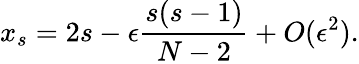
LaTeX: x_{s}=2s-\epsilon\frac{s(s-1)}{N-2}+O(\epsilon^{2}).